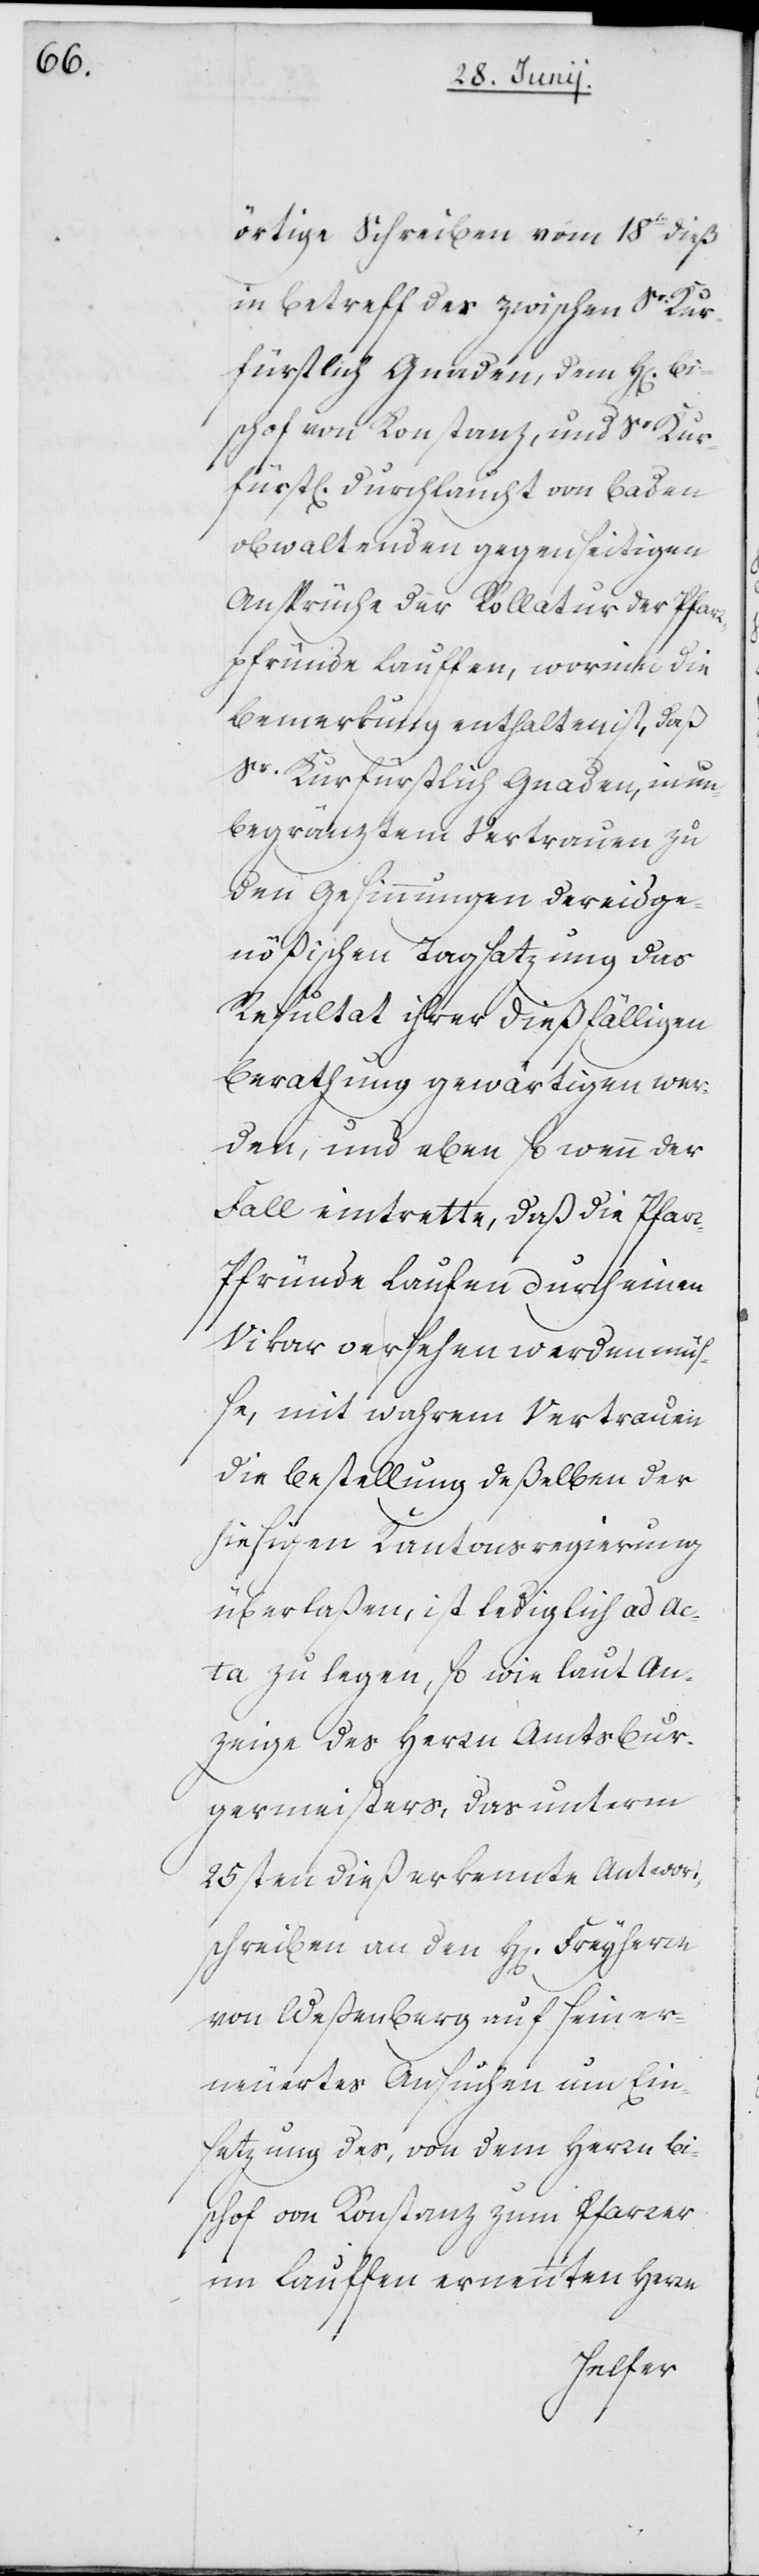
örtige Schreiben vom 18ten dieß
in Betreff des zwischen Sr Kur¬
fürstlich Gnaden, dem H[errn]
Bischof von Konstanz, und Sr Kur¬
fürstl[ichen] Durchlaucht von Baden
obwaltenden gegenseitigen
Ansprüche der Kollatur der Pfar¬
rpfründe Lauffen, worinn die
Bemerkung enthalten ist, daß
Sr Kurfürstlich Gnaden, in un¬
begränztem Vertrauen zu
den Gesinnungen der eidge¬
nößischen Tagsatzung das
Resultat ihrer dießfälligen
Berathung gewärtigen wer¬
den, und eben so wenn der
Fall eintrette, daß die Pfarr¬
pfründe Laufen [sic!] durch einen
Vikar versehen werden müß¬
e, mit wahrem Vertrauen
die Bestellung deßelben der
hiesigen Kantonsregierung
überlaßen, ist lediglich ad ac¬
ta zu legen, so wie laut An¬
zeige des Herrn Amtsbur¬
germeisters, das unterm
25sten dieß erkennte Antwort¬
schreiben an den H[errn] Freyherrn
von Weßenberg auf sein er¬
neuertes Ansuchen um Ein¬
setzung des, von dem Herrn Bi¬
schof von Konstanz zum Pfarrer
im Lauffen ernennten Herrn